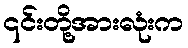
၎င်းတို့အားလုံးက